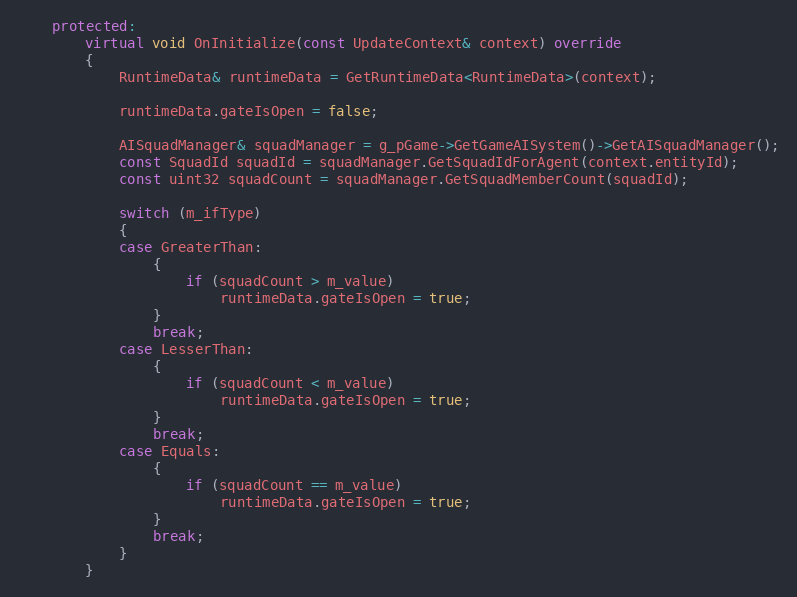
Language: C++
	protected:
		virtual void OnInitialize(const UpdateContext& context) override
		{
			RuntimeData& runtimeData = GetRuntimeData<RuntimeData>(context);

			runtimeData.gateIsOpen = false;

			AISquadManager& squadManager = g_pGame->GetGameAISystem()->GetAISquadManager();
			const SquadId squadId = squadManager.GetSquadIdForAgent(context.entityId);
			const uint32 squadCount = squadManager.GetSquadMemberCount(squadId);

			switch (m_ifType)
			{
			case GreaterThan:
				{
					if (squadCount > m_value)
						runtimeData.gateIsOpen = true;
				}
				break;
			case LesserThan:
				{
					if (squadCount < m_value)
						runtimeData.gateIsOpen = true;
				}
				break;
			case Equals:
				{
					if (squadCount == m_value)
						runtimeData.gateIsOpen = true;
				}
				break;
			}
		}